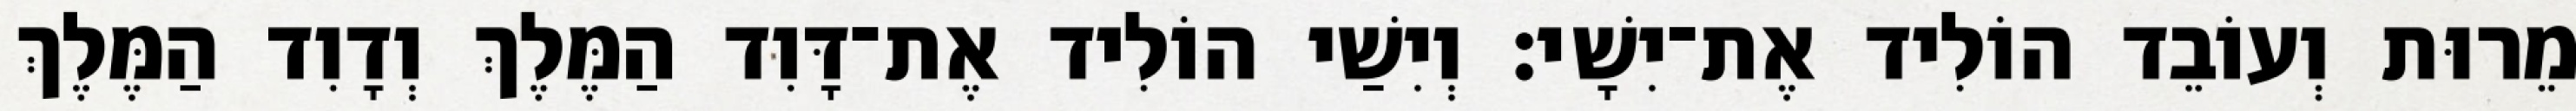
מֵרוּת וְעוֹבֵד הוֹלִיד אֶת־יִשָׁי׃ וְיִשַׁי הוֹלִיד אֶת־דָּוִד הַמֶּלֶךְ וְדָוִד הַמֶּלֶךְ